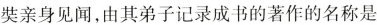
奘亲身见闻，由其弟子记录成书的著作的名称是